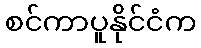
စင်ကာပူနိုင်ငံက